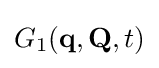
{\textstyle G_{1}(\mathbf {q} ,\mathbf {Q} ,t)}